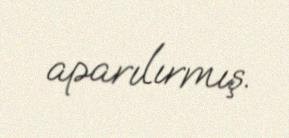
aparılırmış.